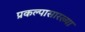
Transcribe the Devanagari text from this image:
प्रकल्पासारख्या